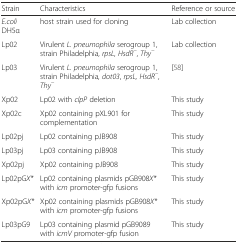
| Strain | Characteristics | Reference or source |
 | --- | --- | --- |
 | E.coli DH5α | host strain used for cloning | Lab collection |
 | Lp02 | Virulent L. pneumophila serogroup 1, strain Philadelphia, rpsL, HsdR−, Thy− | Lab collection |
 | Lp03 | Virulent L. pneumophila serogroup 1, strain Philadelphia, dot03, rpsL, HsdR−, Thy− | [58] |
 | Xp02 | Lp02 with clpP deletion | This study |
 | Xp02c | Xp02 containing pXL901 for complementation | This study |
 | Lp02pj | Lp02 containing pJB908 | This study |
 | Lp03pj | Lp03 containing pJB908 | This study |
 | Xp02pj | Xp02 containing pJB908 | This study |
 | Lp02pGX* | Lp02 containing plasmids pGB908X*with icm promoter-gfp fusions | This study |
 | Xp02pGX* | Xp02 containing plasmids pGB908X*with icm promoter-gfp fusions | This study |
 | Lp03pG9 | Lp03 containing plasmid pGB9089with icmV promoter-gfp fusion | This study |